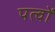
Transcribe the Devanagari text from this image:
पत्वों